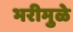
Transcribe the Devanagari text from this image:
भरीमुळे